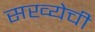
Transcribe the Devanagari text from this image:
सख्येची